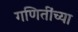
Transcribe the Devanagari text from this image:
गणितींच्या